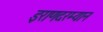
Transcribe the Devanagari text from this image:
इराणदरम्यान